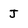
Character: J